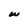
Character: w